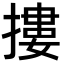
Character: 摟